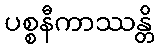
ပစ္စနီကာဿန္တိ